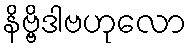
နိဗ္ဗိဒါဗဟုလော